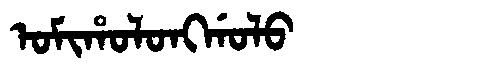
Manchu: ᠣᠮᡳᡥᠣᠯᠣᠩᡤᠣᠯᠣ
Romanization: OMIHOLONGGOLO